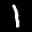
Label: 1